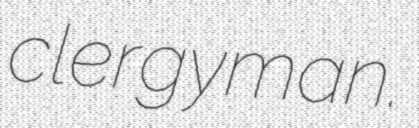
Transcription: clergyman.